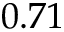
0 . 7 1